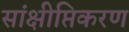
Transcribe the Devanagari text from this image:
सांक्षीप्तिकरण